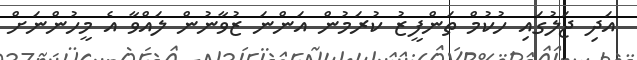
އަދި ޖަލުގައި ހުކުމް ތަންފީޒު ކުރަމުން އަންނަ ޒުވާނުން ލައްވާ އެ މީހުންނަށް